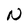
Character: N